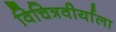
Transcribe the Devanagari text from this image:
विचित्रवीर्याला